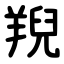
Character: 䍲